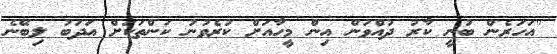
''އަހަރެން ބުނީ ކާރު ދުއްވަން އިން މީހާއަށް ކުރެވުނު ކަންތަކަށް އަދަބު ލިބޭނެ